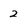
Character: 2